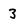
Character: 3